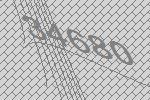
34680